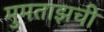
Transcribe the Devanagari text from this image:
मुमताझची